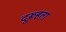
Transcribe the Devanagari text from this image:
दूरूहता